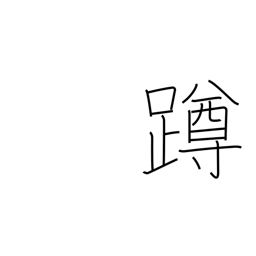
Meaning: squat